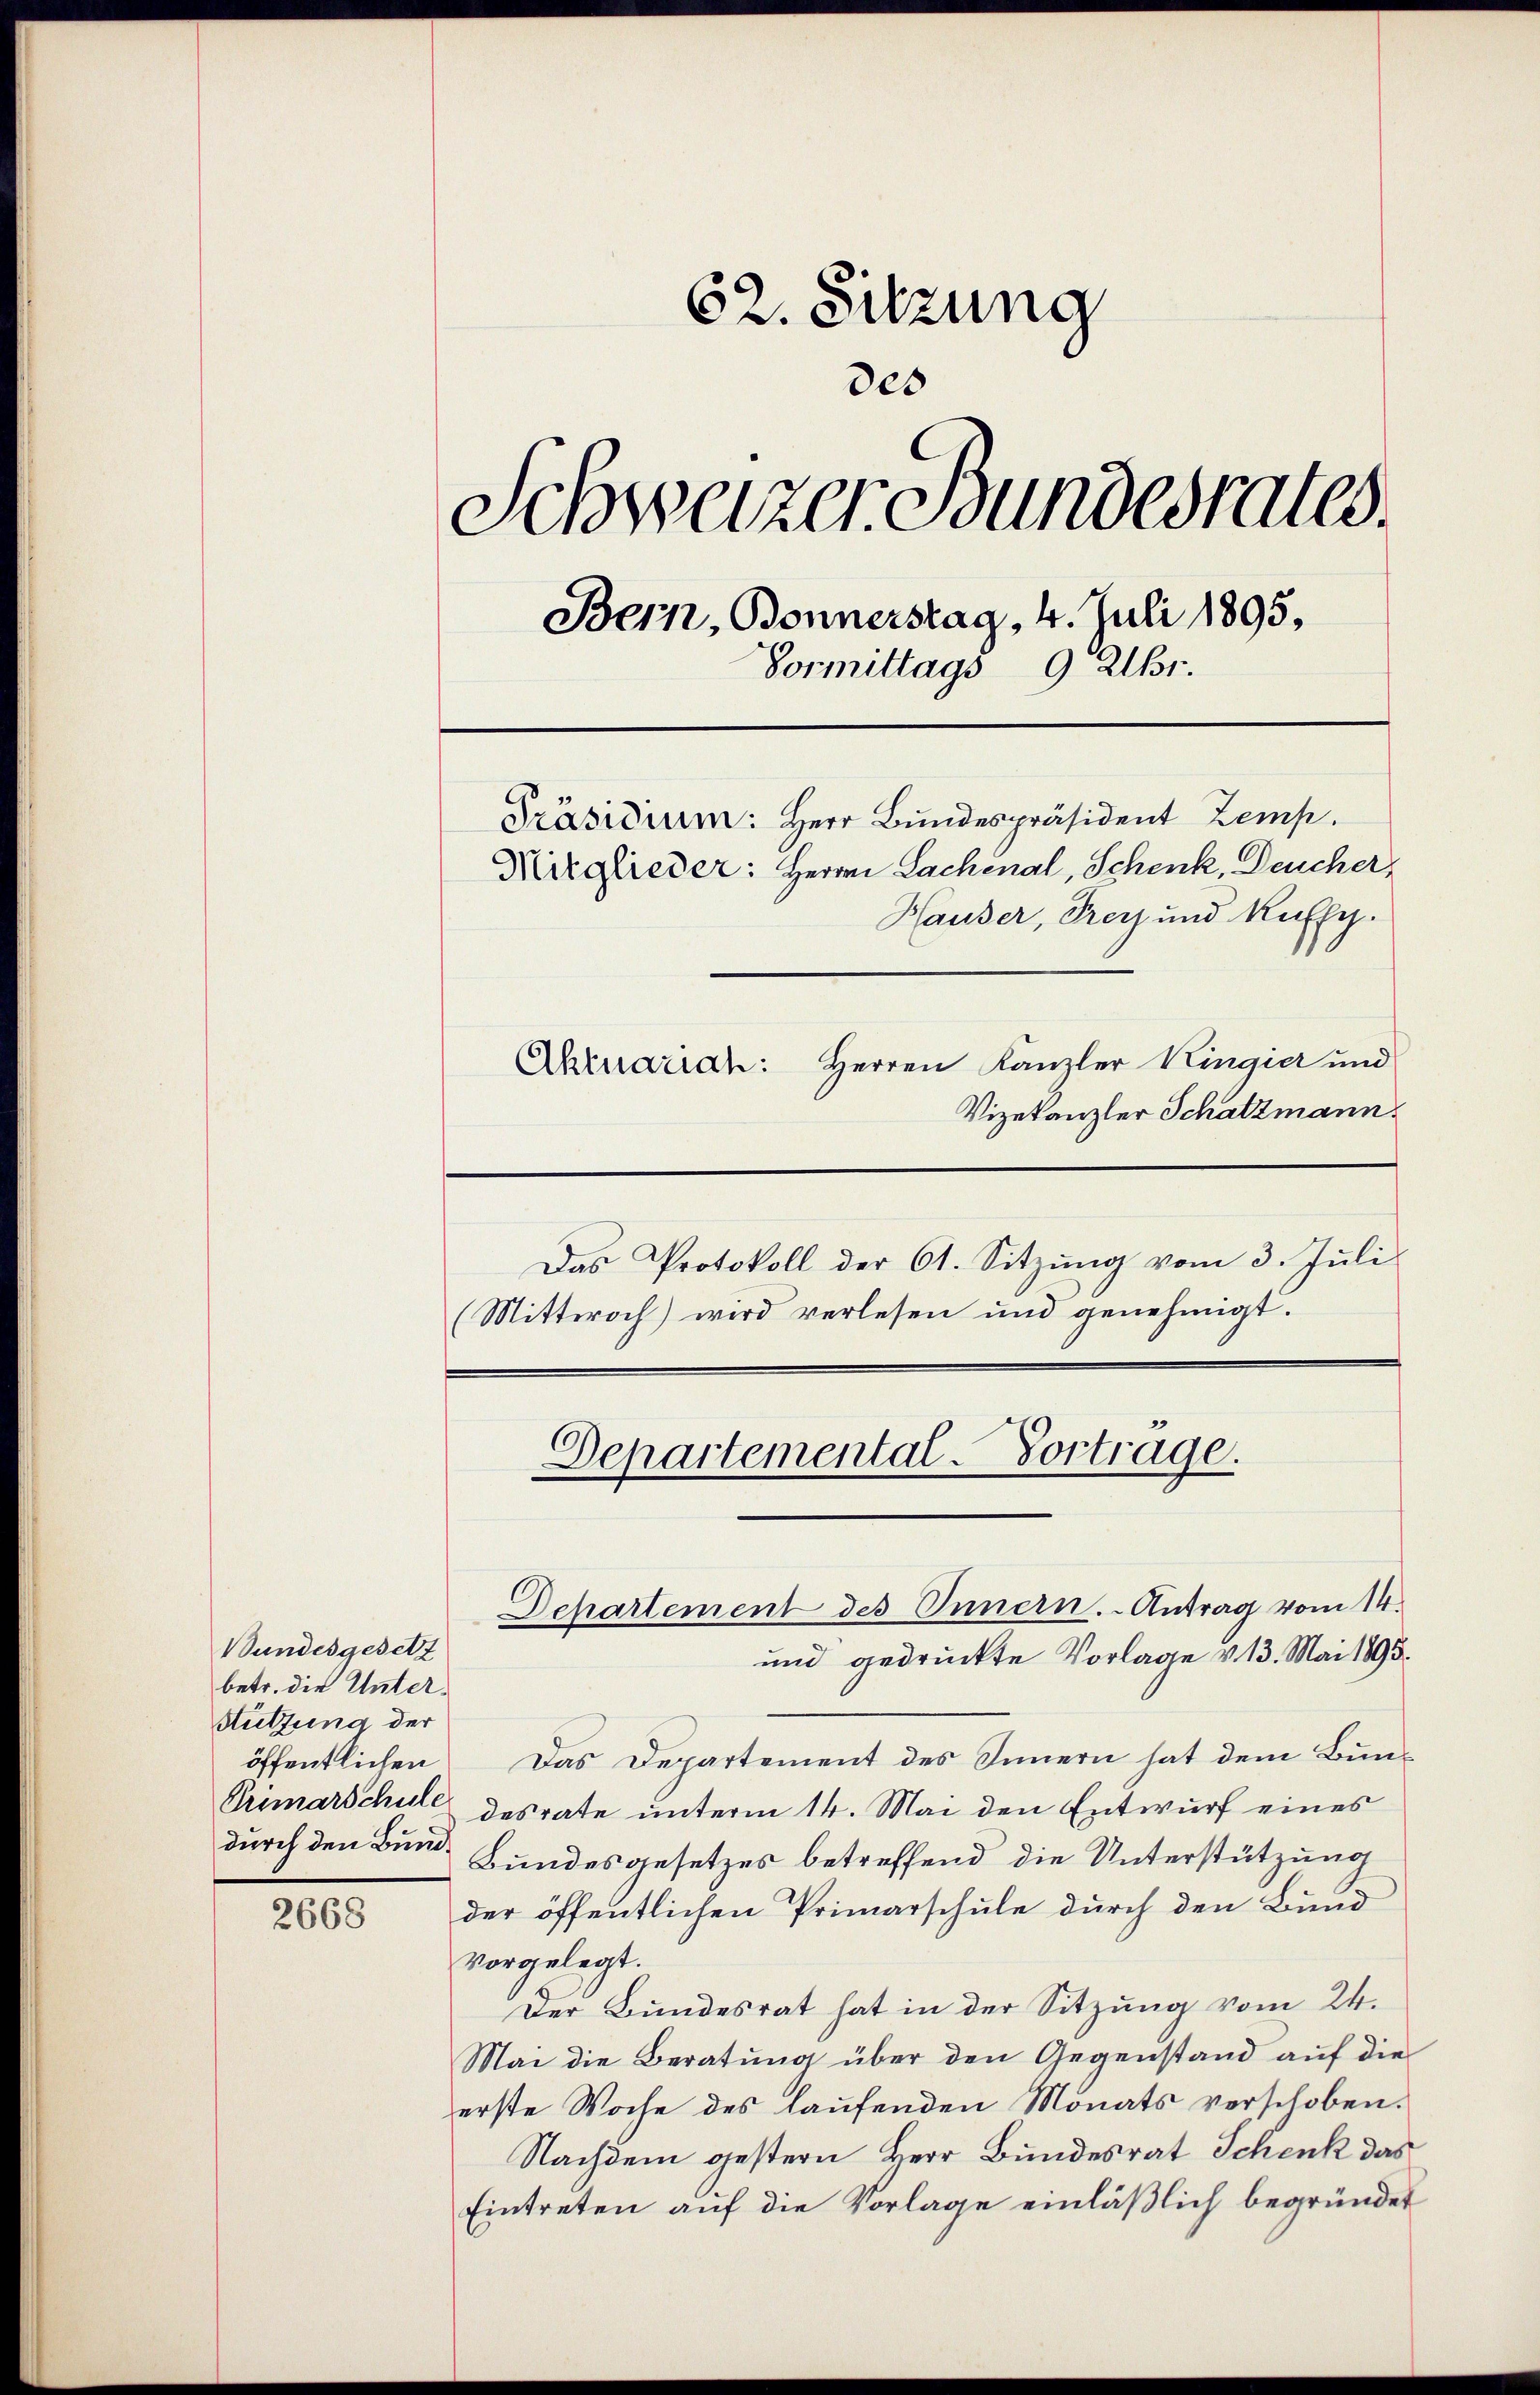
Bundesgesetz
betr. die Unter¬
Hützung der
durch den Bund

2668

62. Sitzung
des
Schweizer Bundesrates.
Bern, Bonnerstag, 4. Juli 1895,
Vormittags 9 Uhr.
Präsidium: Herr Bundespräsident Zemp.
Mitglieder: Herrn Lachinal, Schenk, Deucher,
Hauser, Frey und Ruffy.
Akruarian: Herren Kanzler Kingier und
Vizekanzler Schatzmann.

Das Protokoll der 61. Sitzung vom 3. Juli
(Mittwoch) wird verlesen und genehmigt.

Departemental-Vortrage.
Departement des Innern. Antrag vom 14.
und gedruckte Vorlage v. 13. Mai 1895.

öffentlichen Das Departement des Innern hat dem Bun-
Primarschule desrate unterm 14. Mai den Entwurf eines
Bundesgesetzes betreffend die Unterstützung
der öffentlichen Primarschule durch den Bund
vorgelegt.
Der Bundesrat hat in der Sitzŭng vom 24.
Mai die Beratung über den Gegenstand auf die
erste Woche des laufenden Monats verschoben.
Nachdem gestern Herr Bundesrat Schenk das
Eintreten auf die Vorlage einläßlich begründet